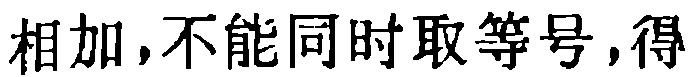
相加，不能同时取等号，得